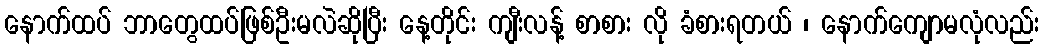
နောက်ထပ် ဘာတွေထပ်ဖြစ်ဦးမလဲဆိုပြီး နေ့တိုင်း ကျီးလန့် စာစား လို ခံစားရတယ် ၊ နောက်ကျောမလုံလည်း